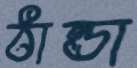
ঠান্ডা